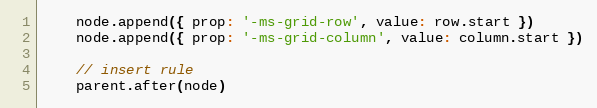
Language: JavaScript
    node.append({ prop: '-ms-grid-row', value: row.start })
    node.append({ prop: '-ms-grid-column', value: column.start })

    // insert rule
    parent.after(node)